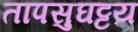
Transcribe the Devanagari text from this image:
तापसुघट्टय